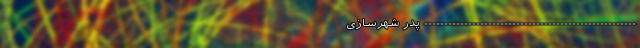
----------------------------------------------------- پدر شهرسازی